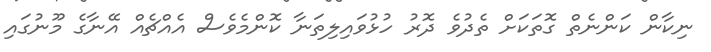
ނިކާން ކަންނެތް ގޮތަކަށް ތެދުވެ ދޮރު ހުޅުވައިލިތަނާ ކޮންމެވެސް އެއްޗެއް އޭނާގެ މޫނުގައި